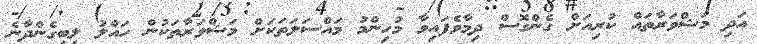
އަދި މަޝްވަރާތައް ކުރިއަށް ގެންގޮސް ދިމާވެފައިވާ މުހިންމު މައްސަލަތަކަށް މަޝްވަރާތަކުން ހައްލު ލިބިގެންދާނެ